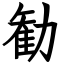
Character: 勧